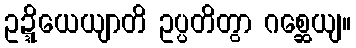
ဥဍ္ဍိယေယျာတိ ဥပ္ပတိတွာ ဂစ္ဆေယျ။